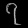
Digit: ၇